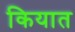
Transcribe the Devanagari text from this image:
कियात